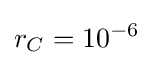
r_{C}=10^{-6}